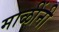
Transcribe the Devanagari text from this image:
माळींनी